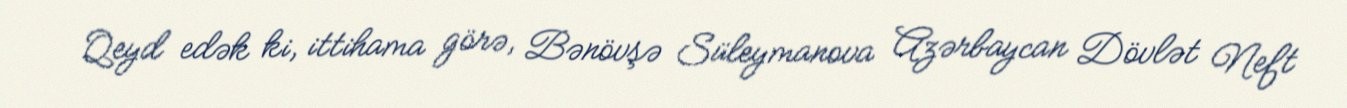
Qeyd edək ki, ittihama görə, Bənövşə Süleymanova Azərbaycan Dövlət Neft